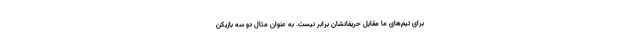
برای تیم‌های ما مقابل حریفانشان برابر نیست. به عنوان مثال دو سه بازیکن